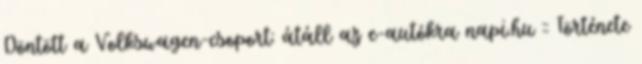
Döntött a Volkswagen-csoport: átáll az e-autókra napi.hu :: Története